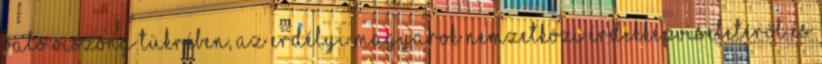
való viszony tükrében, az erdélyi magyarok nemzetközi érdekképviseletéről és